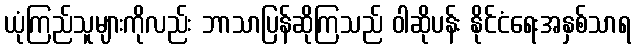
ယုံကြည်သူများကိုလည်း ဘာသာပြန်ဆိုကြသည် ဝါဆိုပန်း နိုင်ငံရေးအနှစ်သာရ